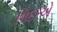
વિદોએ